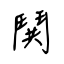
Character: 鬨